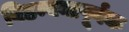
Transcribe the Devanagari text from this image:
विडम्बनापूर्वक